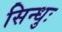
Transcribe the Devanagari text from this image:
सिन्धुः